Indian journal of veterinary science and animal husbandry - Volumes 18-21, 1948-1951
Year: 1948
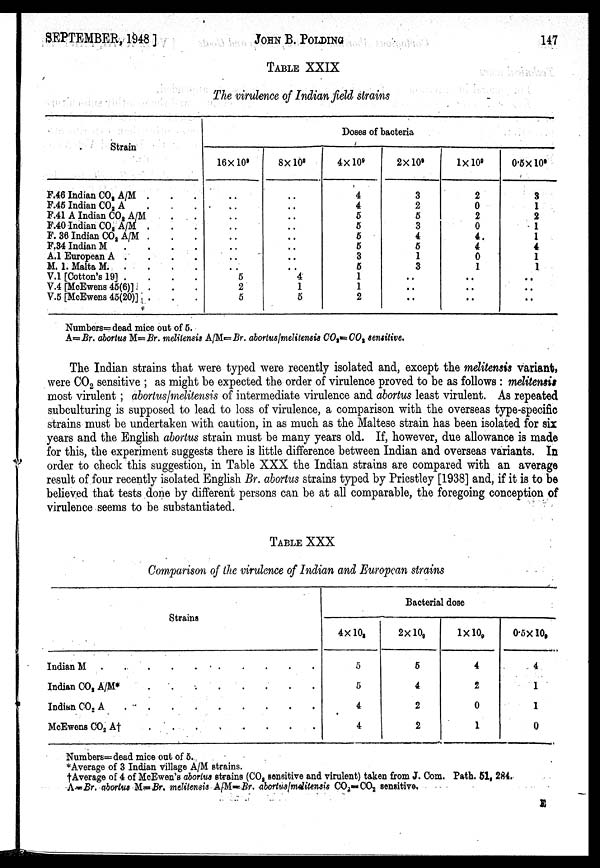
SEPTEMBER, 1948]
JOHN
B.
POLDING
147
TABLE XXIX
The virulence of Indian field strains
Strain
F.46 Indian CO 2 A/M . . .
F.45 Indian CO 2 A . . .
F.41 A Indian CO 2 A/M . .
F.40 Indian CO 2 A/M . . .
F. 36 Indian CO 2 A/M . . .
F.34 Indian M
.
.
.
.
A.1 European A . . . .
M. 1. Malta M.
.
.
.
.
V.1 [Cotton's 19]
.
.
.
.
V.4 [McEwens 45(6)] . . .
V.5 [McEwens 45(20)] . . .
Doses of bacteria
16×10 9
..
..
..
..
..
..
..
..
5
2
5
8×10 9
..
..
..
..
..
..
..
..
4
1
5
4×10 9
4
4
5
5
5
5
3
5
1
1
2
2×10 9
3
2
5
3
4
5
1
3
..
..
..
1×10 9
2
0
2
0
4
4
0
1
..
..
..
0.5×10 9
3
1
2
1
1
4
1
1
..
..
..
Numbers=dead mice out of 5.
A=Br. abortus M=Br. melitensis A/M=Br. abortus/melitensis CO 2 =CO 2 sensitive.
The Indian strains that were typed were recently isolated and, except the melitensis variant,
were CO 2 sensitive ; as might be expected the order of virulence proved to be as follows : melitensis
most virulent; abortus/melitensis of intermediate virulence and abortus least virulent. As repeated
subculturing is supposed to lead to loss of virulence, a comparison with the overseas type-specific
strains must be undertaken with caution, in as much as the Maltese strain has been isolated for six
years and the English abortus strain must be many years old. If, however, due allowance is made
for this, the experiment suggests there is little difference between Indian and overseas variants. In
order to check this suggestion, in Table XXX the Indian strains are compared with an average
result of four recently isolated English Br. abortus strains typed by Priestley [1938] and, if it is to be
believed that tests done by different persons can be at all comparable, the foregoing conception of
virulence seems to be substantiated.
TABLE XXX
Comparison of the virulence of Indian and European strains
Strains
Indian M
.
.
.
.
.
.
.
.
.
.
Indian CO 2 A/M*
.
.
.
.
.
.
.
.
Indian CO 2 A
.
.
.
.
.
.
.
.
.
McEwens CO 2 A† . . . . . . . .
Bacterial dose
4×10 2
5
5
4
4
2×10 9
5
4
2
2
1×10 9
4
2
0
1
0.5×10 9
4
1
1
0
Numbers= dead mice out of 5.
*Average of 3 Indian village A/M strains.
† Average of 4 of McEwen's abortus strains (CO 2 sensitive and virulent) taken from J. Com. Path. 51, 284.
A=Br. abortus M=Br. melitensis A/M=Br. abortus/melitensis CO 2 =CO 2 sensitive.
E